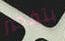
بتفجير